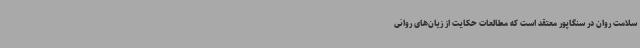
‌سلامت روان در سنگاپور معتقد است که مطالعات حکایت از زیان‌های روانی